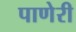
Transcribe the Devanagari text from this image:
पाणेरी